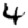
Digit: 4